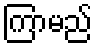
ကြာမည်